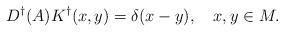
LaTeX: \begin{align*}D^{\dagger }(A)K^{\dagger }( x, y)=\delta ( x- y), \quad x,y\in M.\end{align*}